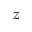
z